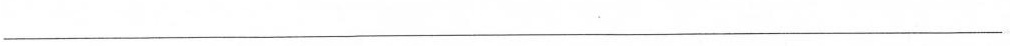
___